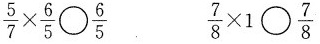
$$\frac{5}{7}\times \frac{6}{5}\bigcirc \frac{6}{5}$$ $$\frac{7}{8}\times 1 \bigcirc \frac{7}{8}$$